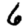
Digit: 6